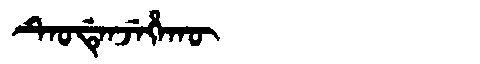
Manchu: ᡨᡝᠣᡩᡝᠨᠵᡝᡥᠠᡴᡡ
Romanization: TEODENJEHAKŪ